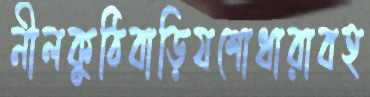
নীলকুঠিবাড়িযশোধারাবহ